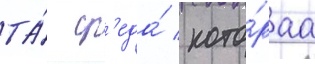
та́ ср'еда́ / кото́раа